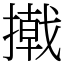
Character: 撠